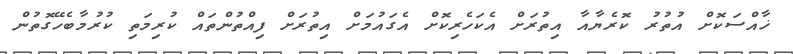
ޚާއްސަކޮށްް އުތުރު ކޮރެޔާއާ އިތުރަށް އެކަހެރިކޮށް އެގައުމަށް އިތުރަށް ފިއްތުންތައް ކުރިމަތި ކުރުމާބެހޭގޮތުން